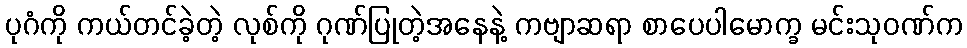
ပုဂံကို ကယ်တင်ခဲ့တဲ့ လုစ်ကို ဂုဏ်ပြုတဲ့အနေနဲ့ ကဗျာဆရာ စာပေပါမောက္ခ မင်းသုဝဏ်က